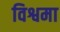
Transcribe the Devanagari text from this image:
विश्वमा